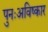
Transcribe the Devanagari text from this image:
पुनःअविष्कार